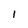
Character: 1